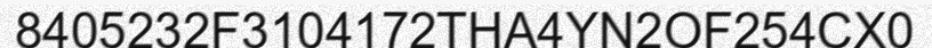
8405232F3104172THA4YN2OF254CX0